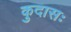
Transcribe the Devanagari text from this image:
कुदासः